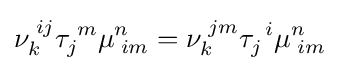
\nu _{k}^{\;ij}\tau _{j}^{\;m}\mu _{\;im}^{n}=\nu _{k}^{\;jm}\tau _{j}^{\,\;i}\mu _{\;im}^{n}